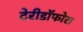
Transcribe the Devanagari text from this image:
टेरीडॉफोरा